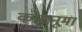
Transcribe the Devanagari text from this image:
कोशनूमा